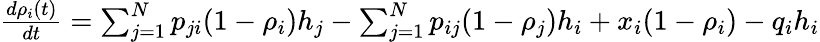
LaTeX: \begin{array}{r}{\frac{d\rho_{i}(t)}{dt}=\sum_{j=1}^{N}p_{ji}(1-\rho_{i})h_{j}-\sum_{j=1}^{N}p_{ij}(1-\rho_{j})h_{i}+x_{i}(1-\rho_{i})-q_{i}h_{i}}\end{array}